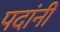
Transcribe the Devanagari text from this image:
पदांनी